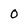
Character: 0